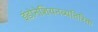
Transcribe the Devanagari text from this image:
इंडोनेशियनव्यतिरिक्त